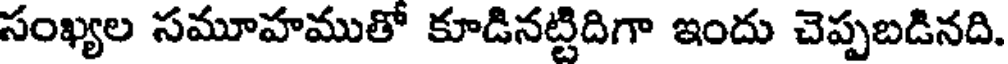
సంఖ్యల సమూహముతో కూడినట్టిదిగా ఇందు చెప్పబడినది.